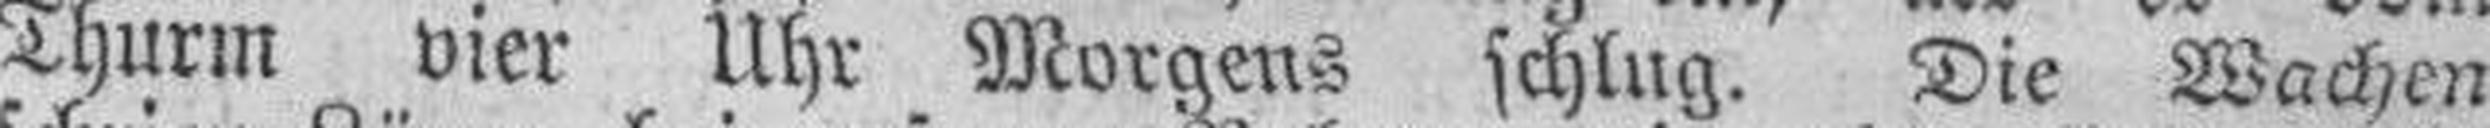
Thurm vier Uhr Morgens schlug. Die Wachen